Kambja_algkool, lk 127
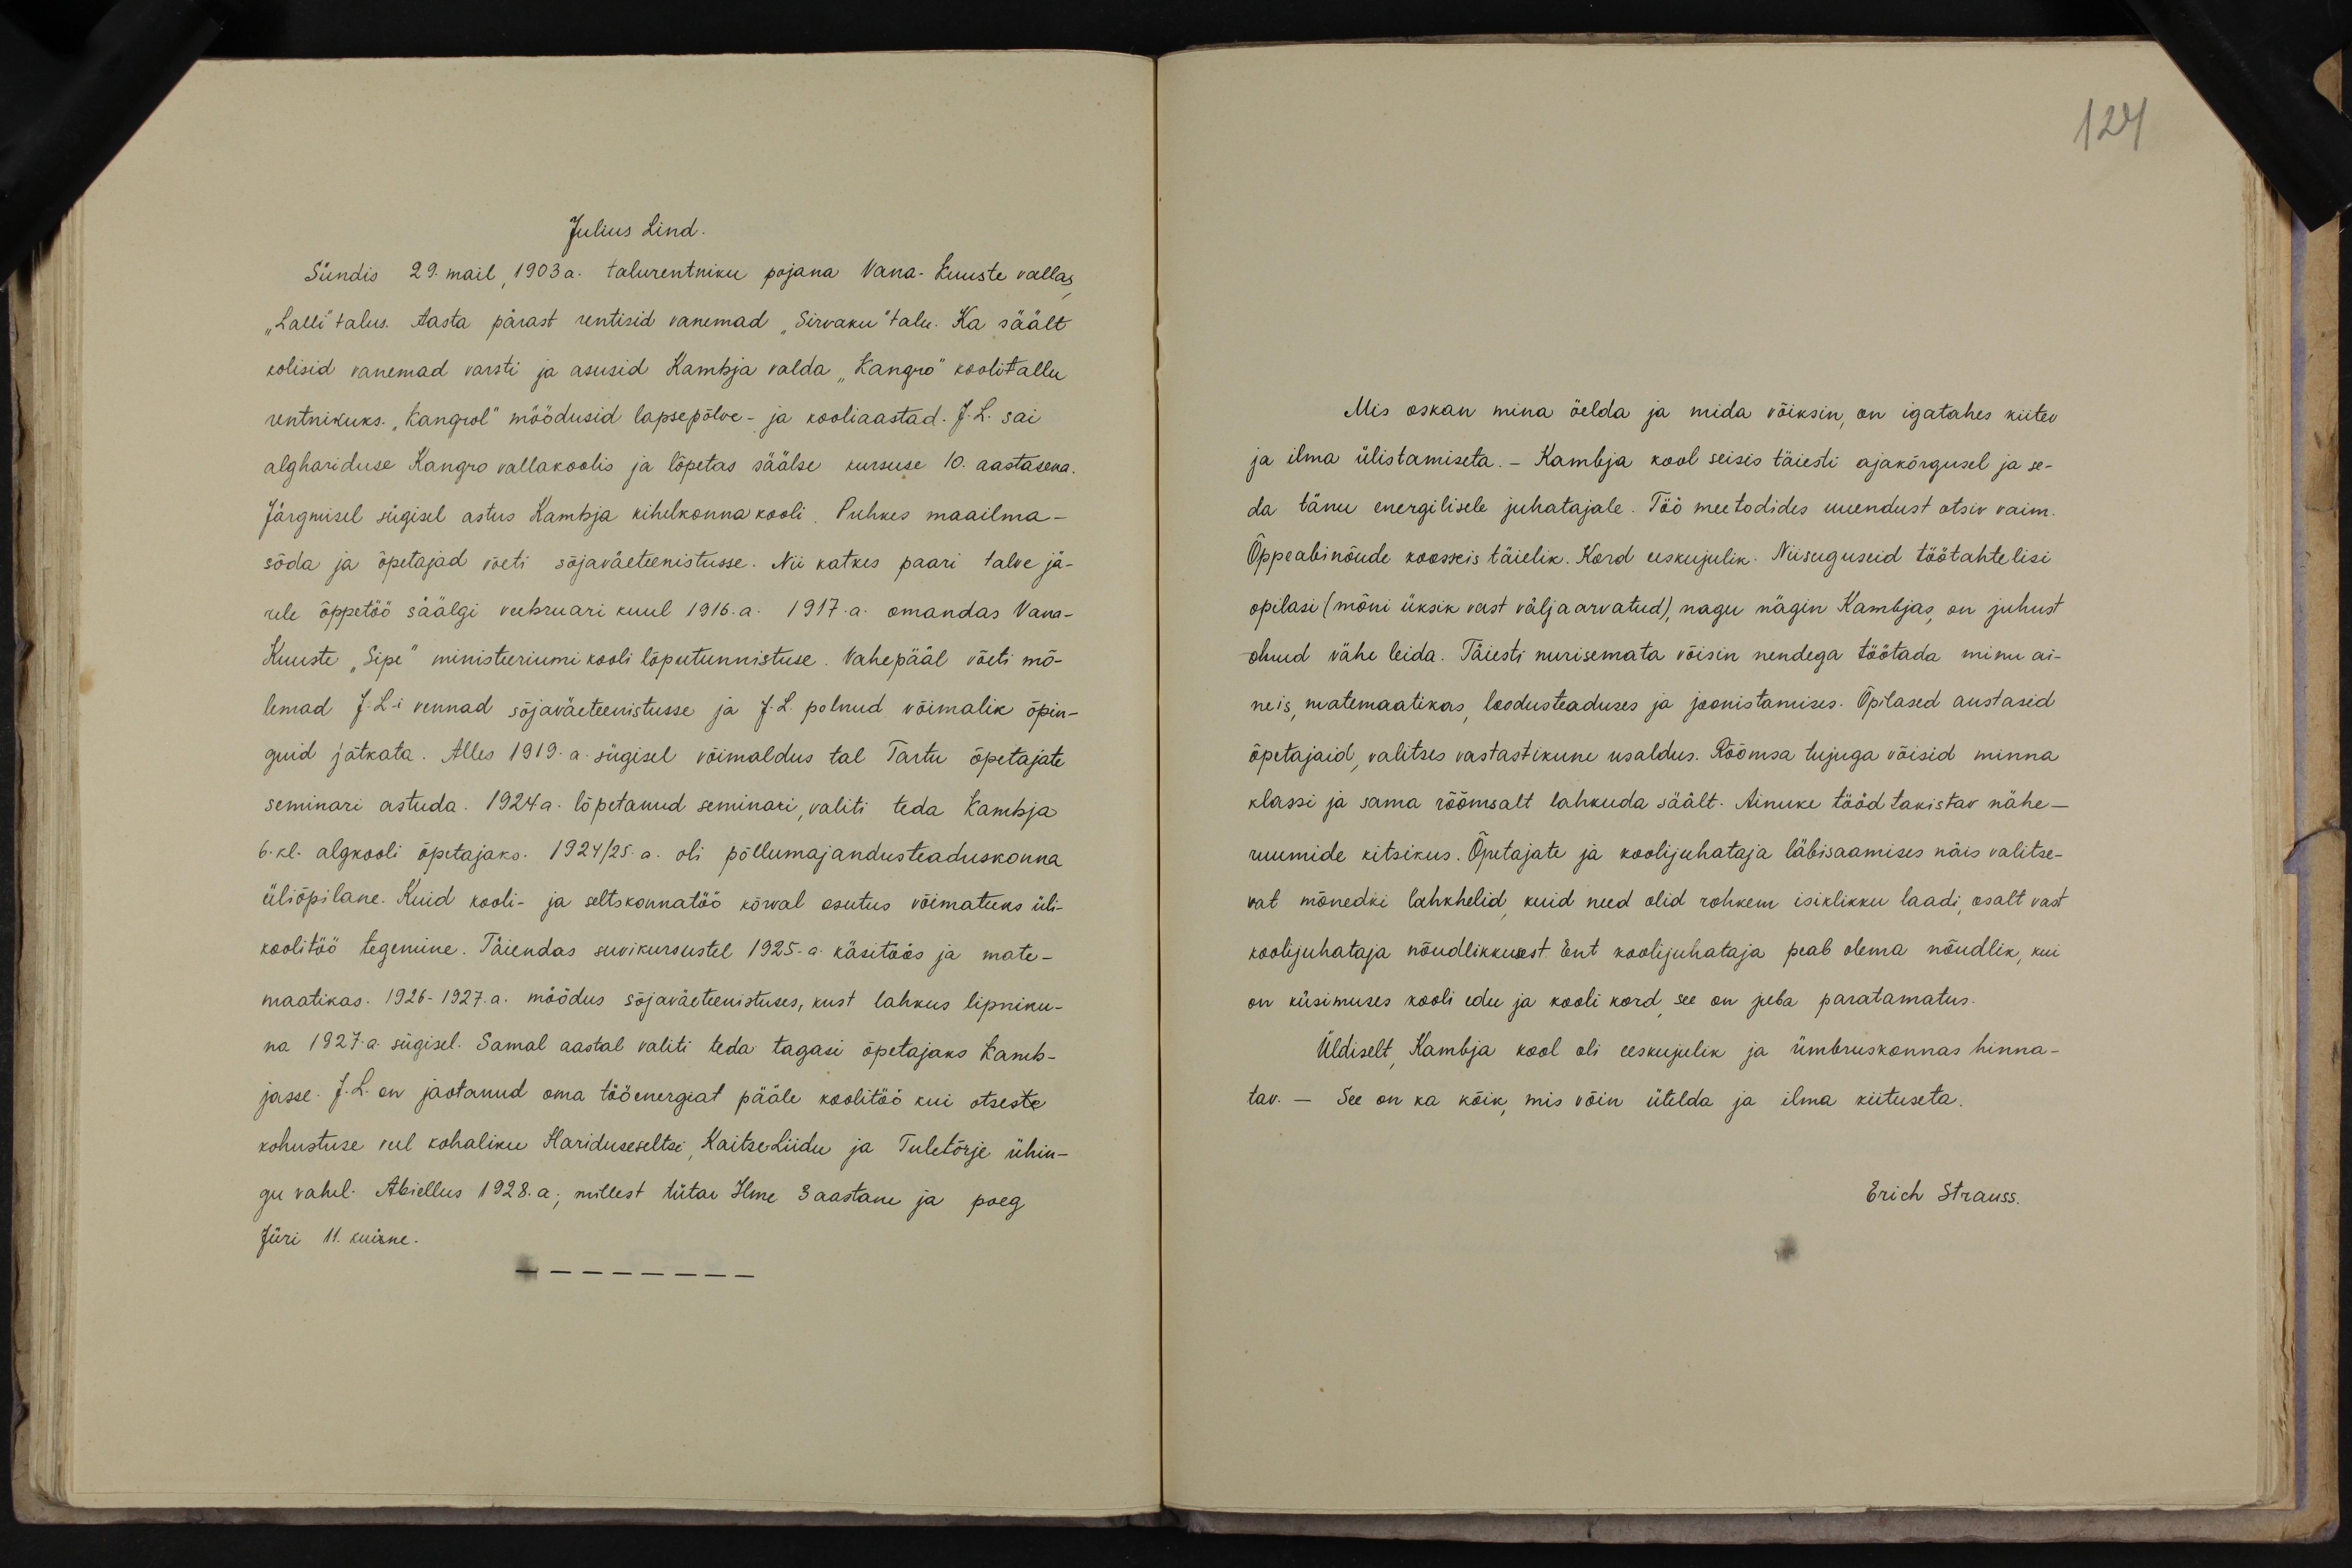
121

Julius Lind.
Sündis 29. mail 1903 a. talurentniku pojana Vana-Kuuste vallas,
"Lalli" talus. Aasta pärast rentisid vanemad "Sirvaku" talu. Ka säält
kolisid vanemad varsti ja asusid Kambja valda "Kangro" koolitallu
rentnikuks. "Kangrol" möödusid lapsepõlve- ja kooliaastad. J.L. sai
alghariduse Kangro vallakoolis ja lõpetas säälse kursuse 10. aastasena.
Järgmisel sügisel astus Kambja kihelkonnakooli. Puhkes maailma-
sõda ja õpetajad võeti sõjaväeteenistusse. Nii katkes paari talve jä-
rele õppetöö säälgi veebruari kuul 1916. a. 1917.a. omandas Vana-
Kuuste "Sipe" ministeeriumi kooli lõputunnistuse. Vahepääl võeti mõ-
lemad J.Li- vennad sõjaväeteenistusse ja J.L. polnud võimalik õpin-
guid jätkata. Alles 1919.a. sügisel võimaldus tal Tartu õpetajate
seminari astuda. 1924 a. lõpetanud seminari, valiti teda Kambja
6. kl. algkooli õpetajaks. 1924/25.a. oli põllumajandusteaduskonna
üliõpilane. Kuid kooli- ja seltskonnatöö kõrval asutus võimatuks üli-
koolitöö tegemine. Täiendas suvikursustel 1925.a. käsitöös ja mate-
maatikas. 1926-1927.a. möödus sõjaväeteenistuses, kust lahkus lipniku-
na 1927.a. sügisel. Samal aastal valiti teda tagasi õpetajaks Kamb-
jasse. J.L. on jaotanud oma tööenergiat pääle koolitöö kui otseste
kohustuse veel kohaliku Hariduseseltsi, Kaitse Liidu ja Tuletõrje ühin-
gu vahel. Abiellus 1928. a; millest tütar Ilme 3 aastane ja poeg
Jüri 11. kuine.

Mis oskan mina öelda ja mida võiksin, on igatahes kiitev
ja ilma ülistamiseta. – Kambja kool seisis täiesti ajakõrgusel ja se-
da tänu energilisele juhatajale. Töö meetodides uuendust otsiv vaim.
Õppeabinõude koosseis täielik. Kord eeskujulik. Niisuguseid töötahtelisi
opilasi (mõni üksik vast välja arvatud), nagu nägin Kambjas, on juhust
olnud vähe leida. Täiesti nurisemata võisin nendega töötada minu ai-
neis, matemaatikas, loodusteaduses ja joonistamises. Õpilased austasid
õpetajaid, valitses vastastikune usaldus. Rõõmsa tujuga võisid minna
klassi ja sama rõõmsalt lahkuda säält. Ainuke tööd takistav nähe-
ruumide kitsikus. Õpetajate ja koolijuhataja läbisaamises näis valitse-
vat mõnedki lahkhelid, kuid need olid rohkem isiklikku laadi osalt vast
koolijuhataja nõudlikkusest. Ent koolijuhataja peab olema nõudlik, kui
on küsimuses kooli edu ja kooli kord, see on juba paratamatus.
Üldiselt Kambja kool oli eeskujulik ja ümbruskonnas hinna-
tav. - See on ka kõik, mis võin ütelda ja ilma kiituseta.
Erich Strauss.